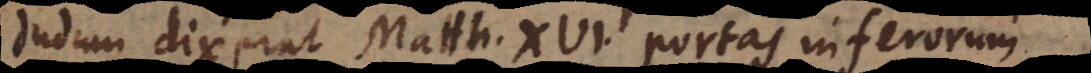
dudum dixerat Matth. XVI. portas inferorum